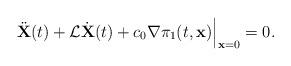
LaTeX: \begin{align*}\ddot {\bf X}(t)+ {\mathcal L} \dot{\bf X}(t) +c_0 \nabla\pi_1(t,{\bf x})\Big|_{{\bf x}=0}= 0.\end{align*}